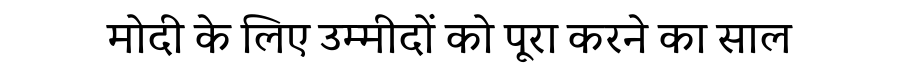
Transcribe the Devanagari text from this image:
मोदी के लिए उम्मीदों को पूरा करने का साल